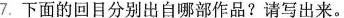
7.下面的回目分别出自哪部作品?请写出来。